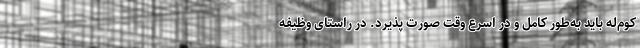
کوم‌له باید به‌طور کامل و در اسرع وقت صورت پذیرد. در راستای وظیفه